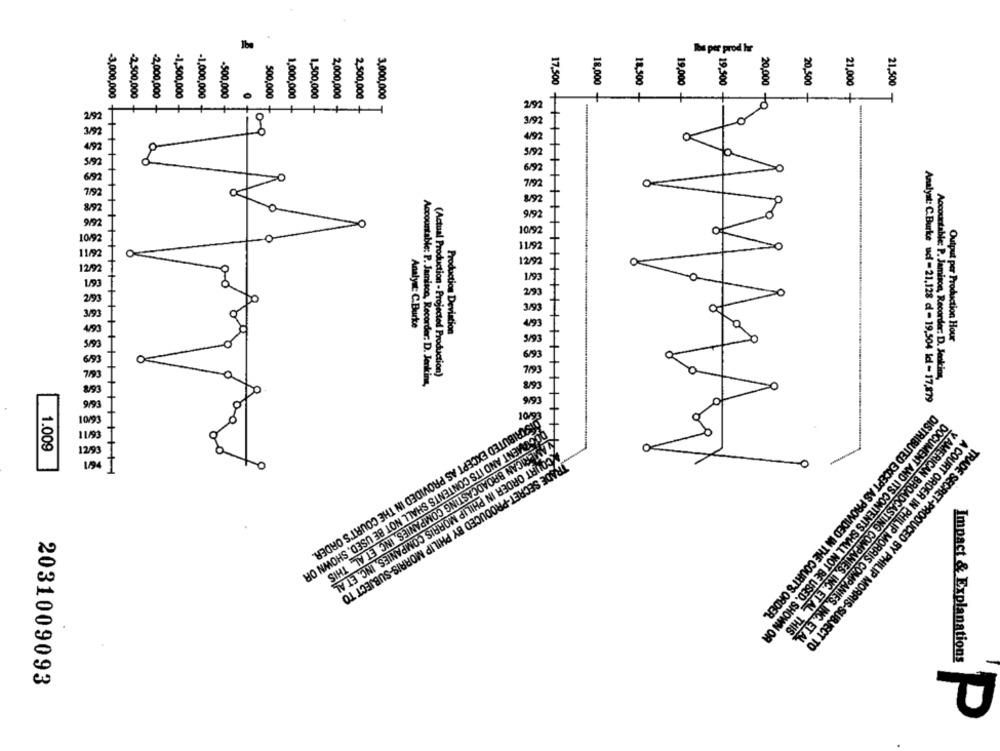
18,500
19,000
19,500
20,500
21,000
21,500
-3,000,000
-2,500,000
-2,000,000
-1,500,000
-1,000,000
-500,000
500,000
1,000,000
1,500,000
2,000,000
2,500,000
3,000,000
18,000 +
+
20,000 to
17,500 ++
26/5
26/9
O
26/8
26/0
O
06/1
06/C
Analyst: C.Burke
EGIS
Production Deviation
Output per Production Hour
36/9
(Actual Production -Projected Production)
C61
Accountable: P. Jamison, Recorder: D. Jenkin
Accountable: P. Jamison, Recorder: D. Jenkins,
16/6
Analyst: C.Burke uci = 21,128 cl - 19,504 Ic - 17,879
16/01
1.009
DISTRIBUTED EXCEPT AS PROVIDED IN THE COURT'S ORDER.
DOCUMENT AND ITS CONTENTS SHALL NOT BE USED, SHOWN OR
AMERICAN BROADCASTING COMPANIES, INC. ET AL. THIS
ACOURT ORDER IN PHILIP MORRIS COMPANIES, INC. ET AL
TRADE SECRET-PRODUCED BY PHILIP MORRIS-SUBJECT TO
DISTRIBUTED EXCEPT AS PROVIDED IN THE COURT'S ORDER.
Y AMERICAN BROADCASTING COMPANIES, INC. ET AL. THIS
DOCUMENT AND ITS CONTENTS SHALL NOT BE USED. SHOWN OR
A COURT ORDER IN PHILIP MORRIS COMPANIES, INC. ET AL
TRADE SECRET-PRODUCED BY PHILIP MORRIS-SUBJECT TO
Impact & Explanations
2
2031009093